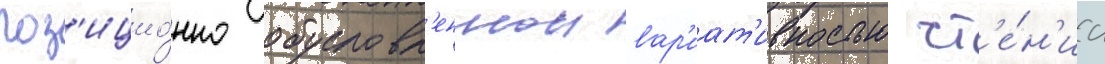
поз'ицио́нно обусловл'еннои вар'иат'ивностью чт'е́н'иа